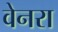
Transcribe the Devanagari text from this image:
वेनरा